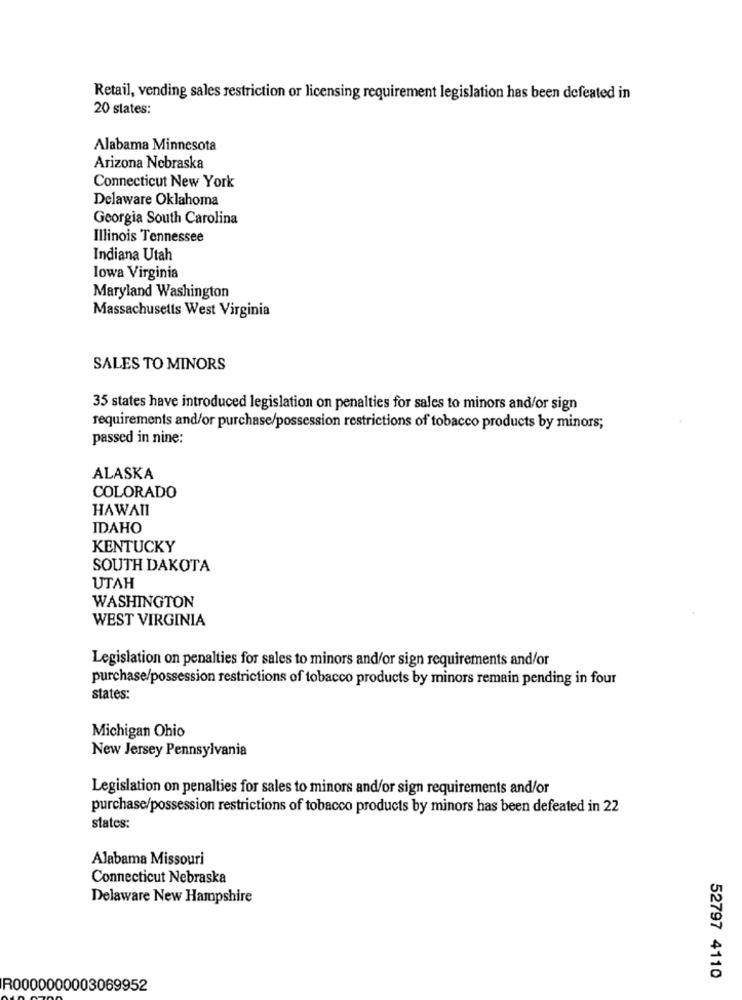
Retail, vending sales restriction or licensing requirement legislation has been defeated in
20 states:
Alabama Minnesota
Arizona Nebraska
Connecticut New York
Delaware Oklahoma
Georgia South Carolina
Illinois Tennessee
Indiana Utah
lowa Virginia
Maryland Washington
Massachusetts West Virginia
SALES TO MINORS
35 states have introduced legislation on penalties for sales to minors and/or sign
requirements and/or purchase/possession restrictions of tobacco products by minors;
passed in nine:
ALASKA
COLORADO
HAWAII
IDAHO
KENTUCKY
SOUTH DAKOTA
UTAH
WASHINGTON
WEST VIRGINIA
Legislation on penalties for sales to minors and/or sign requirements and/or
purchase/possession restrictions of tobacco products by minors remain pending in four
states:
Michigan Ohio
New Jersey Pennsylvania
Legislation on penalties for sales to minors and/or sign requirements and/or
purchase/possession restrictions of tobacco products by minors has been defeated in 22
states:
Alabama Missouri
Connecticut Nebraska
Delaware New Hampshire
52797 4110
R0000000003069952